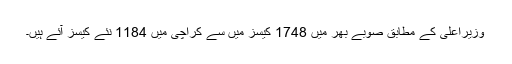
وزیراعلیٰ کے مطابق صوبے بھر میں 1748 کیسز میں سے کراچی میں 1184 نئے کیسز آئے ہیں۔